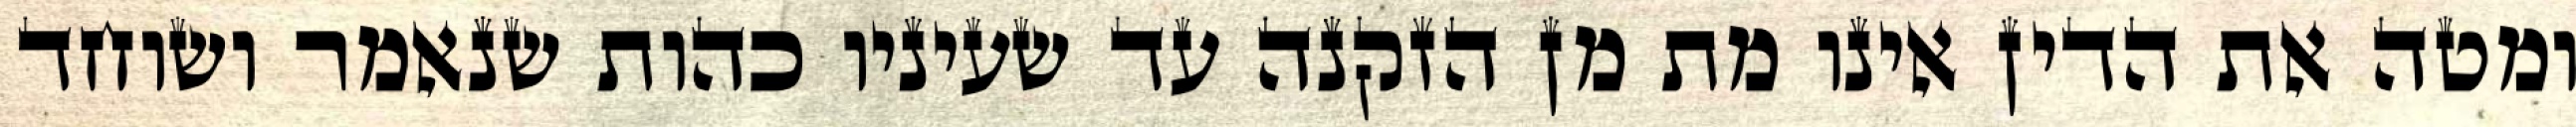
ומטה את הדין אינו מת מן הזקנה עד שעיניו כהות שנאמר ושוחד